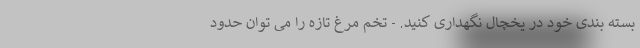
بسته بندی خود در یخچال نگهداری کنید. - تخم مرغ تازه را می توان حدود